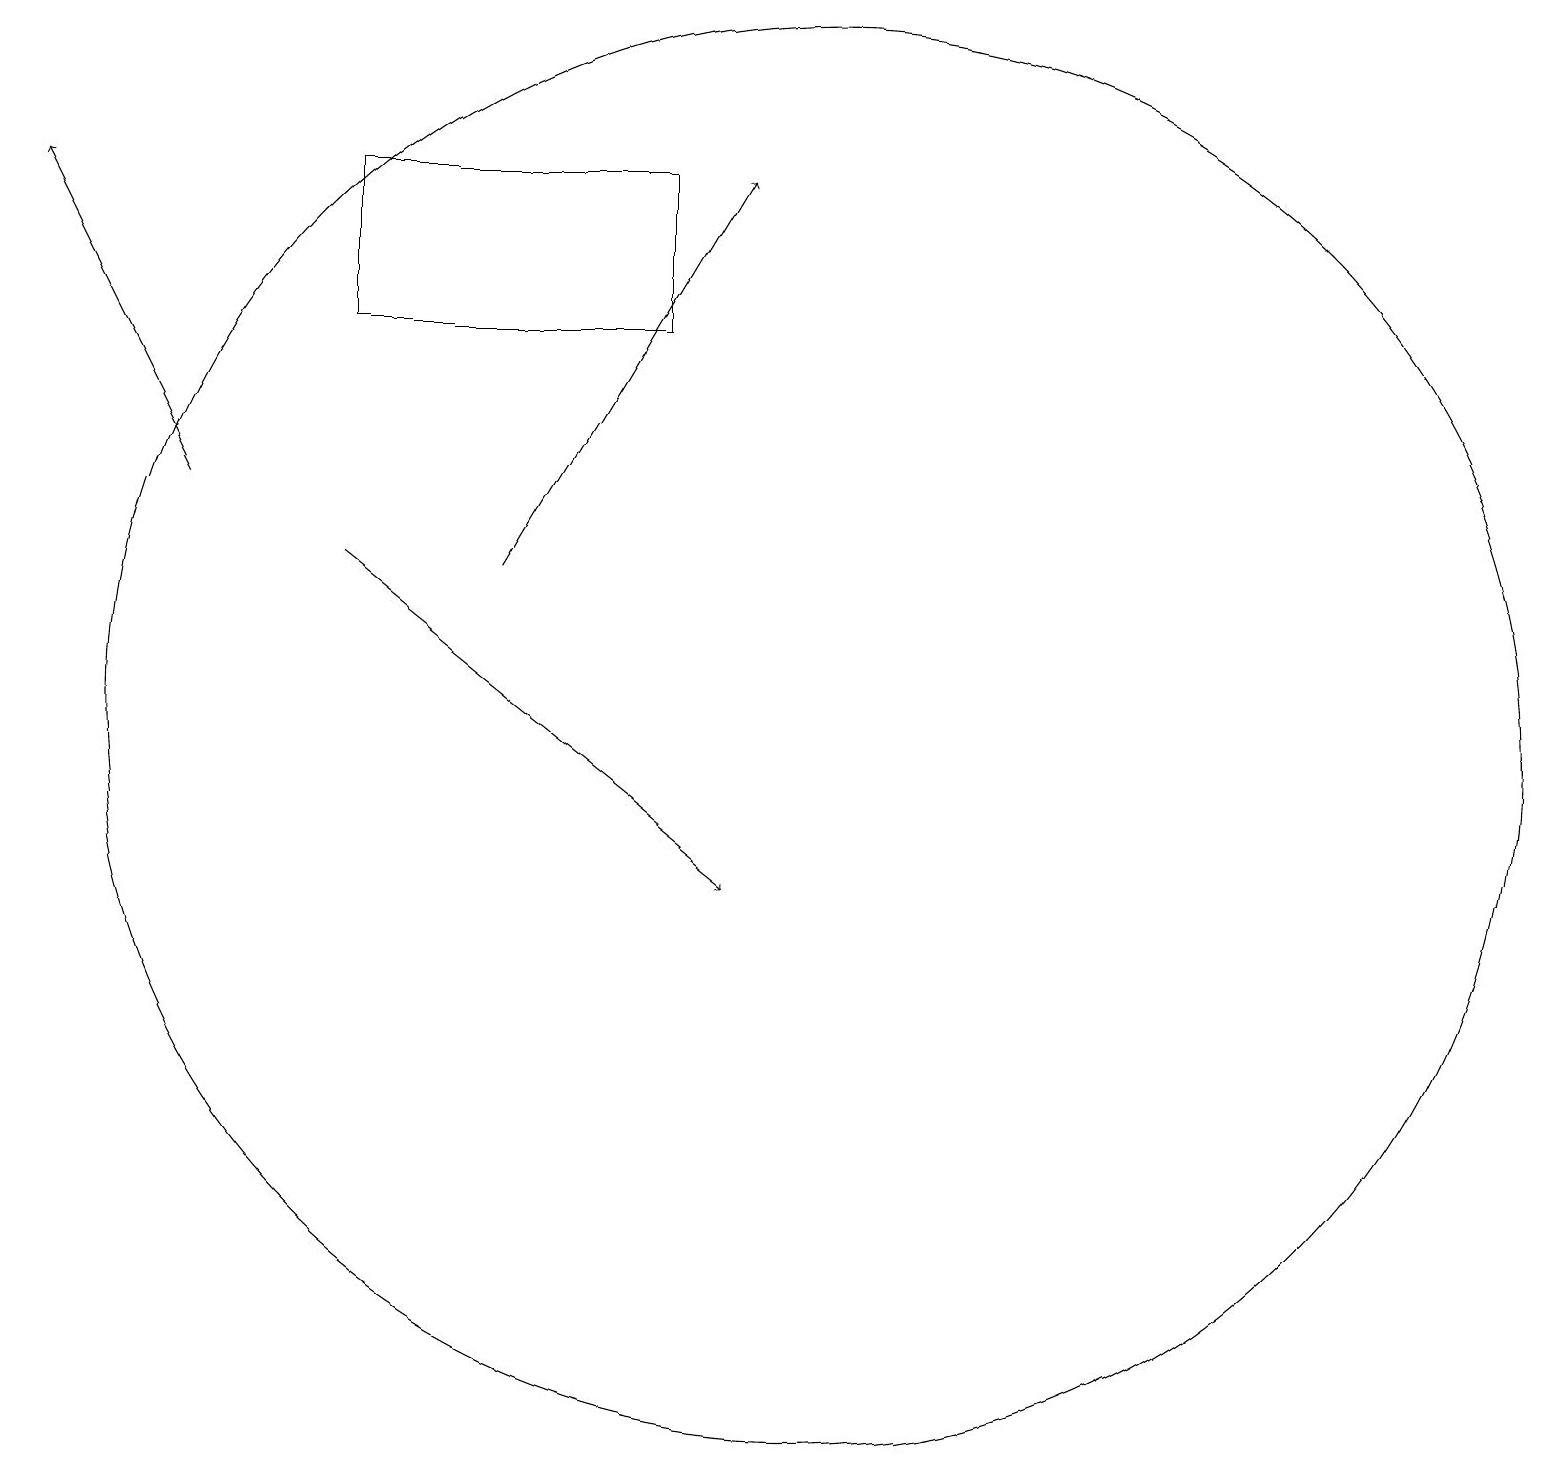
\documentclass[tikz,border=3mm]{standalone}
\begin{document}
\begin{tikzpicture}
\draw (10,12) circle (9);
\draw[->] (6,14) -- (9,19);
\draw[->] (2,15) -- (0,19);
\draw (4,17) rectangle (8,19);
\draw[->] (4,14) -- (9,10);
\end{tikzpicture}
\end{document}